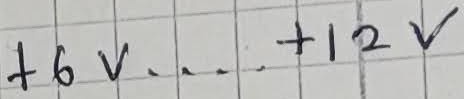
Text: +6V....+12V